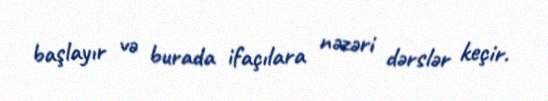
başlayır və burada ifaçılara nəzəri dərslər keçir.